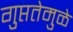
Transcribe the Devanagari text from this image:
गुप्ततेमुळे